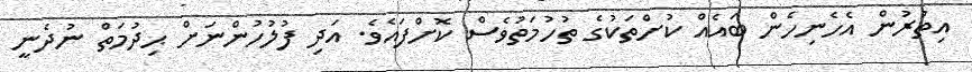
އިތުރުން އެހެނިހެން ބައެއް ކުށްތަކުގެ ތުހުމަތުވެސް ކޮށްފައެވެ. އަދި ފުލުހުންނަށް ޙިދުމަތް ނުދެނީ